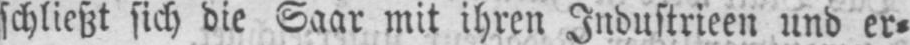
schließt sich die Saar mit ihren Industrieen und er⸗